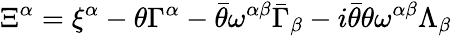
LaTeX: \Xi^{\alpha}=\xi^{\alpha}-\theta\Gamma^{\alpha}-\bar{\theta}\omega^{\alpha\beta}\bar{\Gamma}_{\beta}-i\bar{\theta}\theta\omega^{\alpha\beta}\Lambda_{\beta}